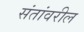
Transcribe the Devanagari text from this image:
संतांवरील